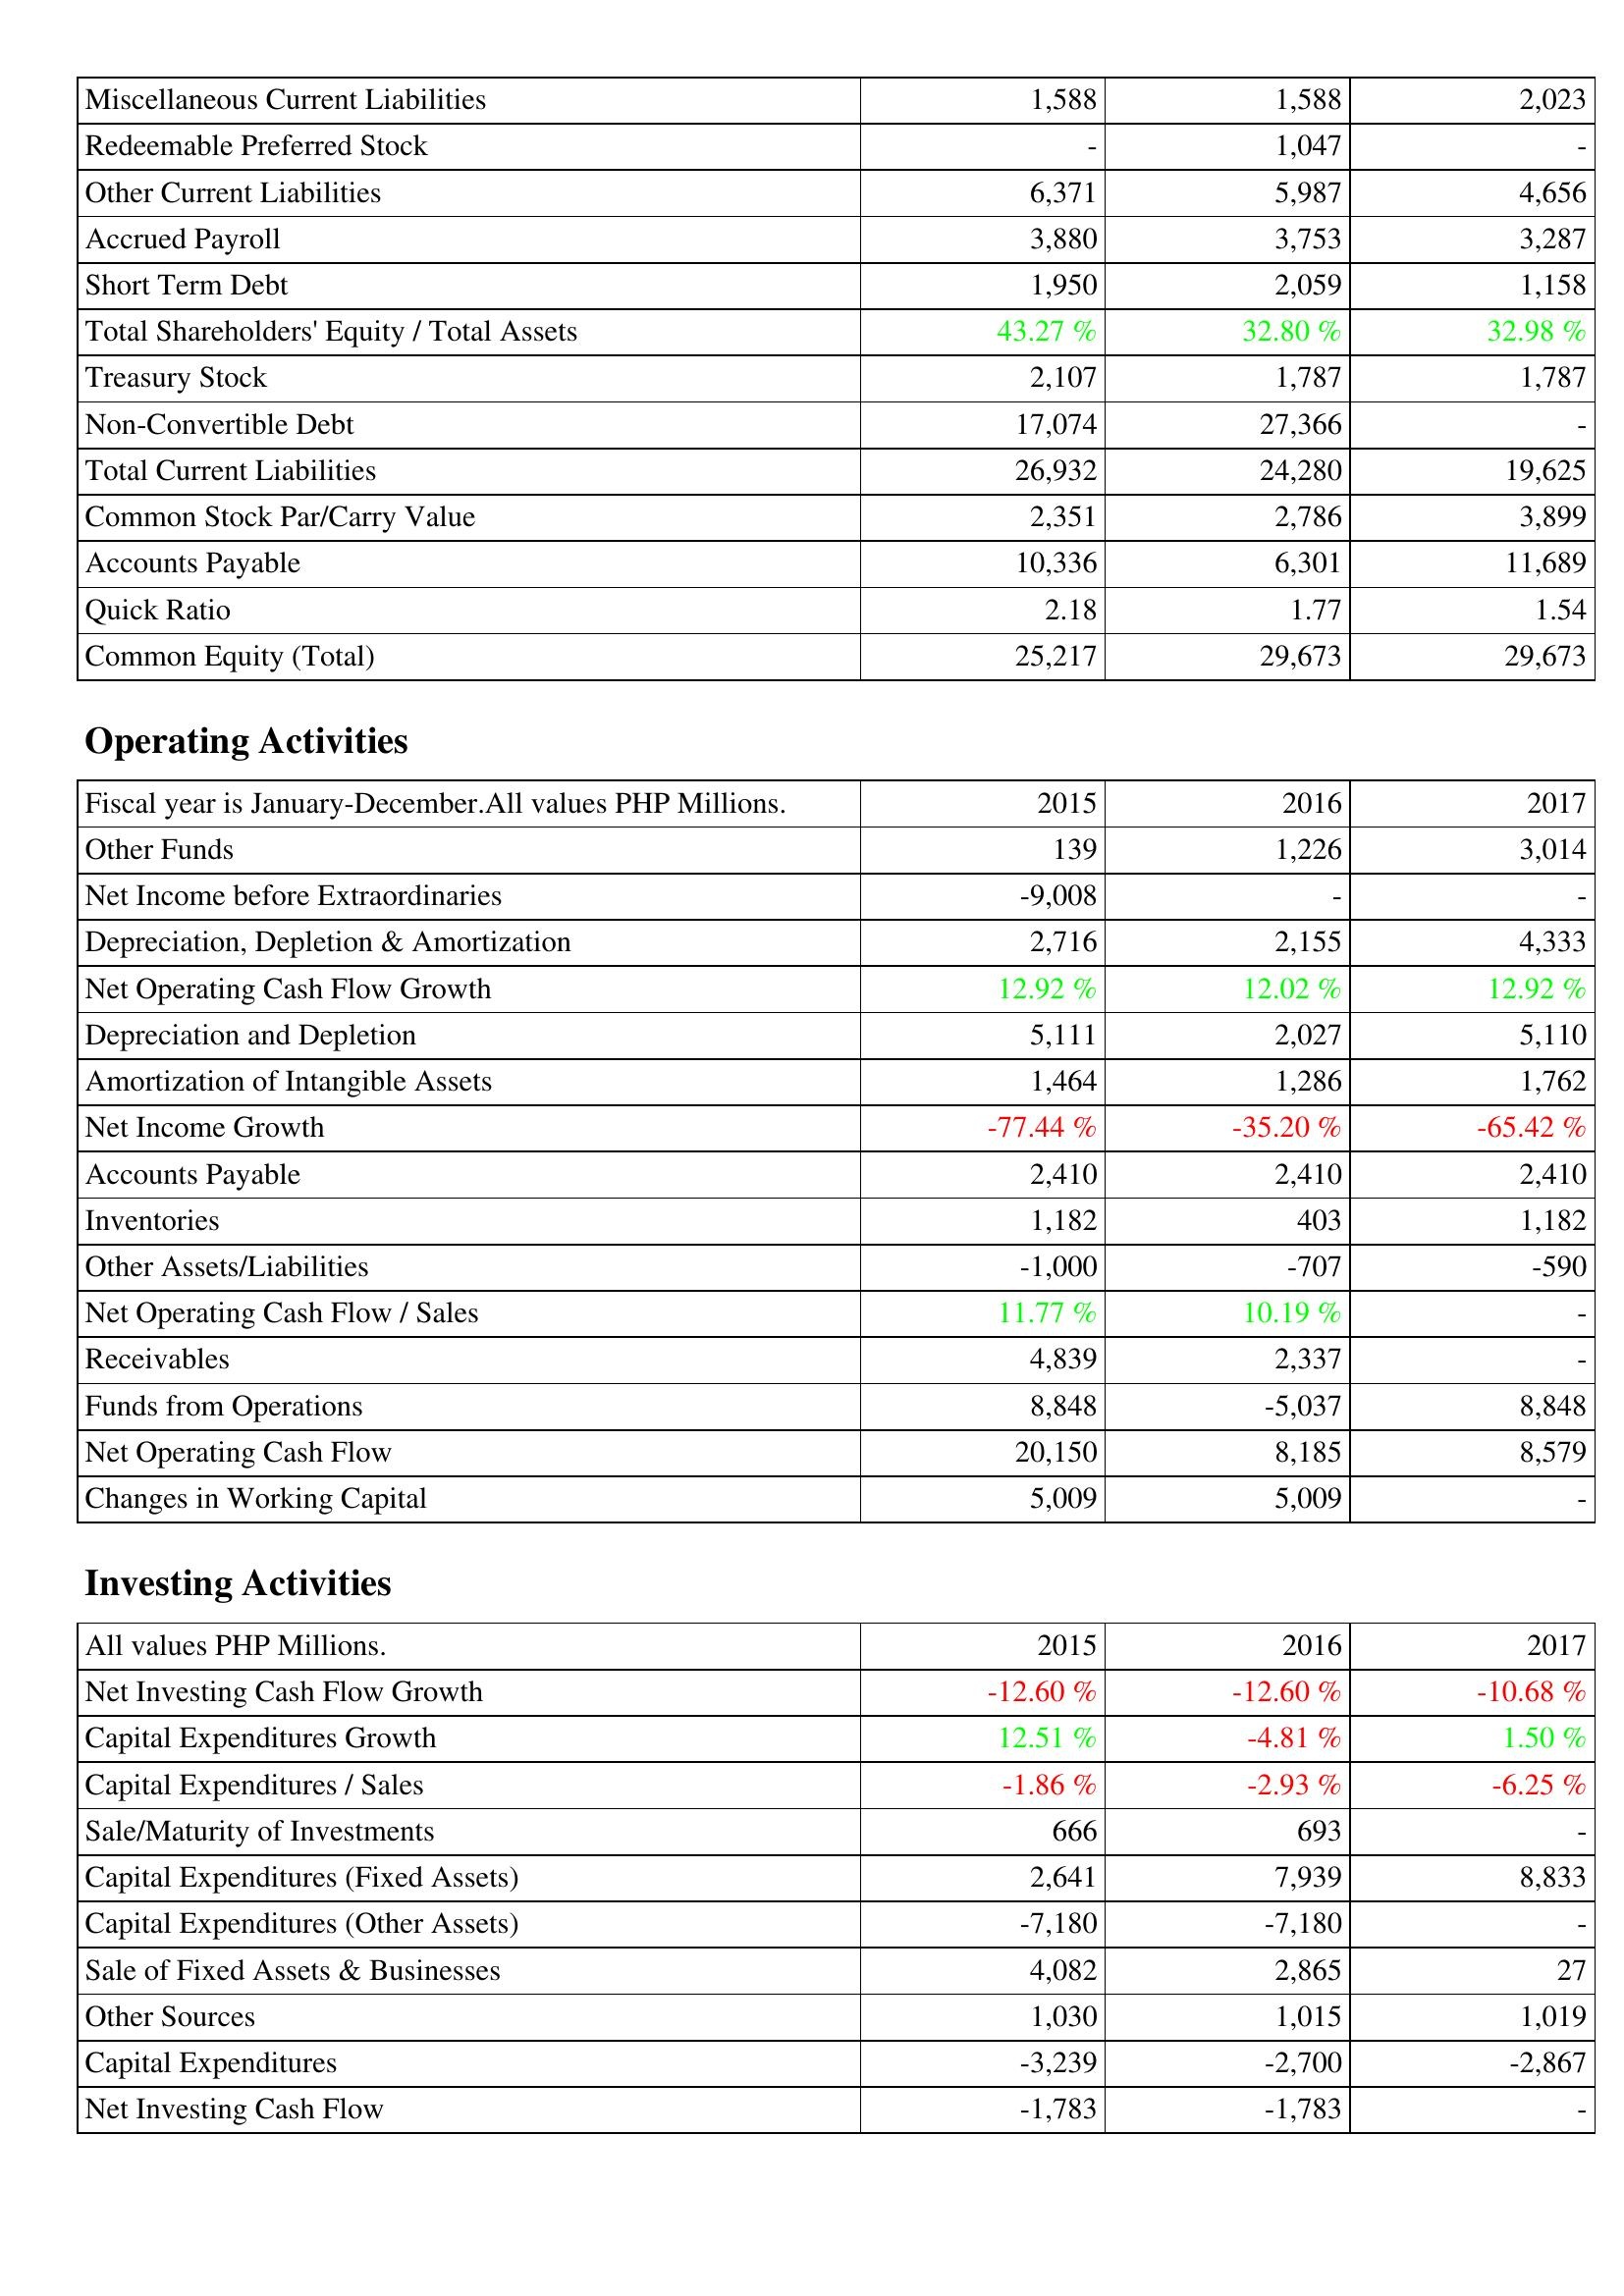
2015: Liabilities & Shareholders' Equity: Miscellaneous Current Liabilities: 1,588
Redeemable Preferred Stock: -
Other Current Liabilities: 6,371
Accrued Payroll: 3,880
Short Term Debt: 1,950
Total Shareholders' Equity / Total Assets: 43.27 %
Treasury Stock: 2,107
Non-Convertible Debt: 17,074
Total Current Liabilities: 26,932
Common Stock Par/Carry Value: 2,351
Accounts Payable: 10,336
Quick Ratio: 2.18
Common Equity (Total): 25,217
Operating Activities: Other Funds: 139
Net Income before Extraordinaries: -9,008
Depreciation, Depletion & Amortization: 2,716
Net Operating Cash Flow Growth: 12.92 %
Depreciation and Depletion: 5,111
Amortization of Intangible Assets: 1,464
Net Income Growth: -77.44 %
Accounts Payable: 2,410
Inventories: 1,182
Other Assets/Liabilities: -1,000
Net Operating Cash Flow / Sales: 11.77 %
Receivables: 4,839
Funds from Operations: 8,848
Net Operating Cash Flow: 20,150
Changes in Working Capital: 5,009
Investing Activities: Net Investing Cash Flow Growth: -12.60 %
Capital Expenditures Growth: 12.51 %
Capital Expenditures / Sales: -1.86 %
Sale/Maturity of Investments: 666
Capital Expenditures (Fixed Assets): 2,641
Capital Expenditures (Other Assets): -7,180
Sale of Fixed Assets & Businesses: 4,082
Other Sources: 1,030
Capital Expenditures: -3,239
Net Investing Cash Flow: -1,783
2016: Liabilities & Shareholders' Equity: Miscellaneous Current Liabilities: 1,588
Redeemable Preferred Stock: 1,047
Other Current Liabilities: 5,987
Accrued Payroll: 3,753
Short Term Debt: 2,059
Total Shareholders' Equity / Total Assets: 32.80 %
Treasury Stock: 1,787
Non-Convertible Debt: 27,366
Total Current Liabilities: 24,280
Common Stock Par/Carry Value: 2,786
Accounts Payable: 6,301
Quick Ratio: 1.77
Common Equity (Total): 29,673
Operating Activities: Other Funds: 1,226
Net Income before Extraordinaries: -
Depreciation, Depletion & Amortization: 2,155
Net Operating Cash Flow Growth: 12.02 %
Depreciation and Depletion: 2,027
Amortization of Intangible Assets: 1,286
Net Income Growth: -35.20 %
Accounts Payable: 2,410
Inventories: 403
Other Assets/Liabilities: -707
Net Operating Cash Flow / Sales: 10.19 %
Receivables: 2,337
Funds from Operations: -5,037
Net Operating Cash Flow: 8,185
Changes in Working Capital: 5,009
Investing Activities: Net Investing Cash Flow Growth: -12.60 %
Capital Expenditures Growth: -4.81 %
Capital Expenditures / Sales: -2.93 %
Sale/Maturity of Investments: 693
Capital Expenditures (Fixed Assets): 7,939
Capital Expenditures (Other Assets): -7,180
Sale of Fixed Assets & Businesses: 2,865
Other Sources: 1,015
Capital Expenditures: -2,700
Net Investing Cash Flow: -1,783
2017: Liabilities & Shareholders' Equity: Miscellaneous Current Liabilities: 2,023
Redeemable Preferred Stock: -
Other Current Liabilities: 4,656
Accrued Payroll: 3,287
Short Term Debt: 1,158
Total Shareholders' Equity / Total Assets: 32.98 %
Treasury Stock: 1,787
Non-Convertible Debt: -
Total Current Liabilities: 19,625
Common Stock Par/Carry Value: 3,899
Accounts Payable: 11,689
Quick Ratio: 1.54
Common Equity (Total): 29,673
Operating Activities: Other Funds: 3,014
Net Income before Extraordinaries: -
Depreciation, Depletion & Amortization: 4,333
Net Operating Cash Flow Growth: 12.92 %
Depreciation and Depletion: 5,110
Amortization of Intangible Assets: 1,762
Net Income Growth: -65.42 %
Accounts Payable: 2,410
Inventories: 1,182
Other Assets/Liabilities: -590
Net Operating Cash Flow / Sales: -
Receivables: -
Funds from Operations: 8,848
Net Operating Cash Flow: 8,579
Changes in Working Capital: -
Investing Activities: Net Investing Cash Flow Growth: -10.68 %
Capital Expenditures Growth: 1.50 %
Capital Expenditures / Sales: -6.25 %
Sale/Maturity of Investments: -
Capital Expenditures (Fixed Assets): 8,833
Capital Expenditures (Other Assets): -
Sale of Fixed Assets & Businesses: 27
Other Sources: 1,019
Capital Expenditures: -2,867
Net Investing Cash Flow: -